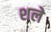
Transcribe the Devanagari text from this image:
शले